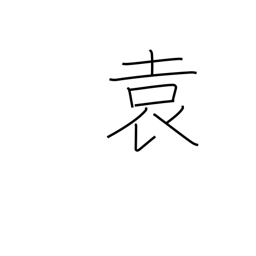
Meaning: long kimono